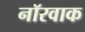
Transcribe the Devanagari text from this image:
नॉरवाक